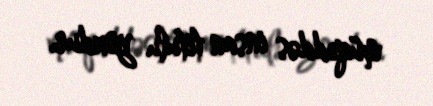
müqəddəs insan titulu yoxdur.